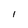
Character: l